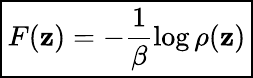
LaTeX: \boxed{F(\mathbf{z})=-\frac{1}{\beta}\log\rho(\mathbf{z})}